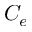
C _ { e }